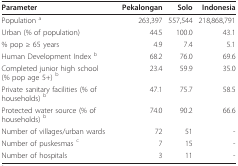
| Parameter | Pekalongan | Solo | Indonesia |
 | --- | --- | --- | --- |
 | Population a | 263,397 | 557,544 | 218,868,791 |
 | Urban (% of population) | 44.5 | 100.0 | 43.1 |
 | % pop ≥ 65 years | 4.9 | 7.4 | 5.1 |
 | Human Development Index b | 68.2 | 76.0 | 69.6 |
 | Completed junior high school (% pop age 5+) b | 23.4 | 59.9 | 35.0 |
 | Private sanitary facilities (% of households) b | 47.1 | 75.7 | 58.5 |
 | Protected water source (% of households) b | 74.0 | 90.2 | 66.6 |
 | Number of villages/urban wards | 72 | 51 | - |
 | Number of puskesmas c | 7 | 15 | - |
 | Number of hospitals | 3 | 11 | - |